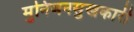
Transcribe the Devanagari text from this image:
मुनिजनसुखकारी